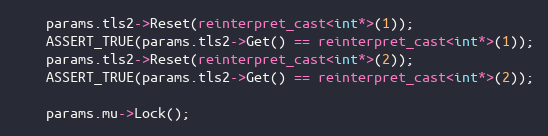
Language: C++
    params.tls2->Reset(reinterpret_cast<int*>(1));
    ASSERT_TRUE(params.tls2->Get() == reinterpret_cast<int*>(1));
    params.tls2->Reset(reinterpret_cast<int*>(2));
    ASSERT_TRUE(params.tls2->Get() == reinterpret_cast<int*>(2));

    params.mu->Lock();